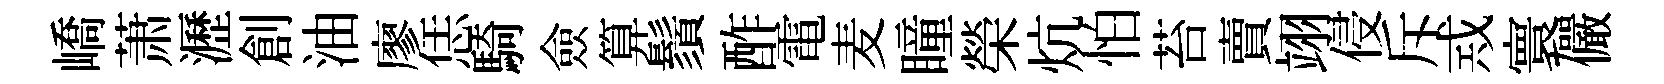
嶠萧瀝創油廖恁騎僉算鬚酢電麦瞳榮炕怕苔賣翊侵斥𢦶寰儼